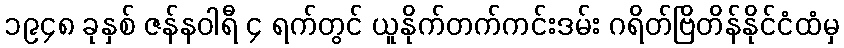
၁၉၄၈ ခုနှစ် ဇန်နဝါရီ ၄ ရက်တွင် ယူနိုက်တက်ကင်းဒမ်း ဂရိတ်ဗြိတိန်နိုင်ငံထံမှ